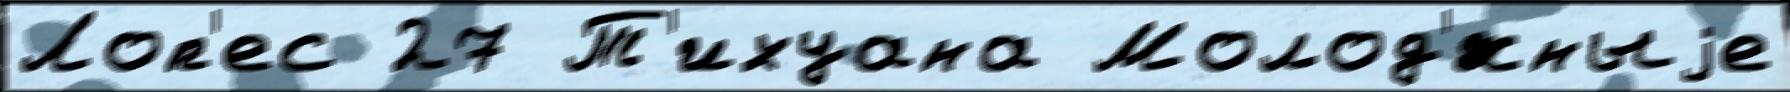
Лоп'ес 27 Т'ихуана Молод'́жныjе